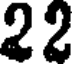
22